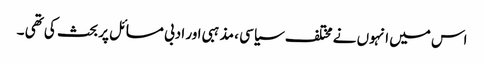
اس میں انہوں نے مختلف سیاسی ، مذہبی اور ادبی مسائل پر بحث کی تھی ۔